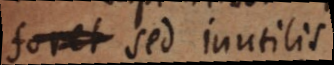
] sed inutilis